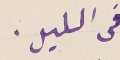
فى الليل.